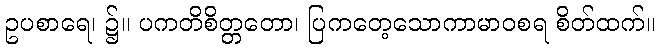
ဥပစာရေ၊ ၌။ ပကတိစိတ္တတော၊ ပြကတေ့သောကာမာဝစရ စိတ်ထက်။